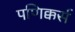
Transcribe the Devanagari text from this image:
पणिक्कर्स